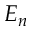
E _ { n }